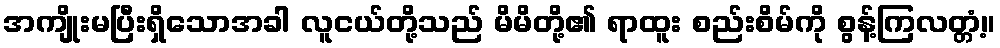
အကျိုးမပြီးရှိသောအခါ လူငယ်တို့သည် မိမိတို့၏ ရာထူး စည်းစိမ်ကို စွန့်ကြလတ္တံ့။